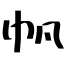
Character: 帆